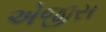
એજીસ